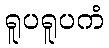
ရူပရူပကံ